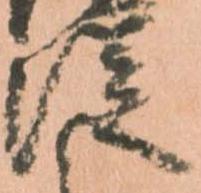
従